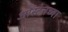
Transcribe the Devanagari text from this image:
ऑस्टेनच्या